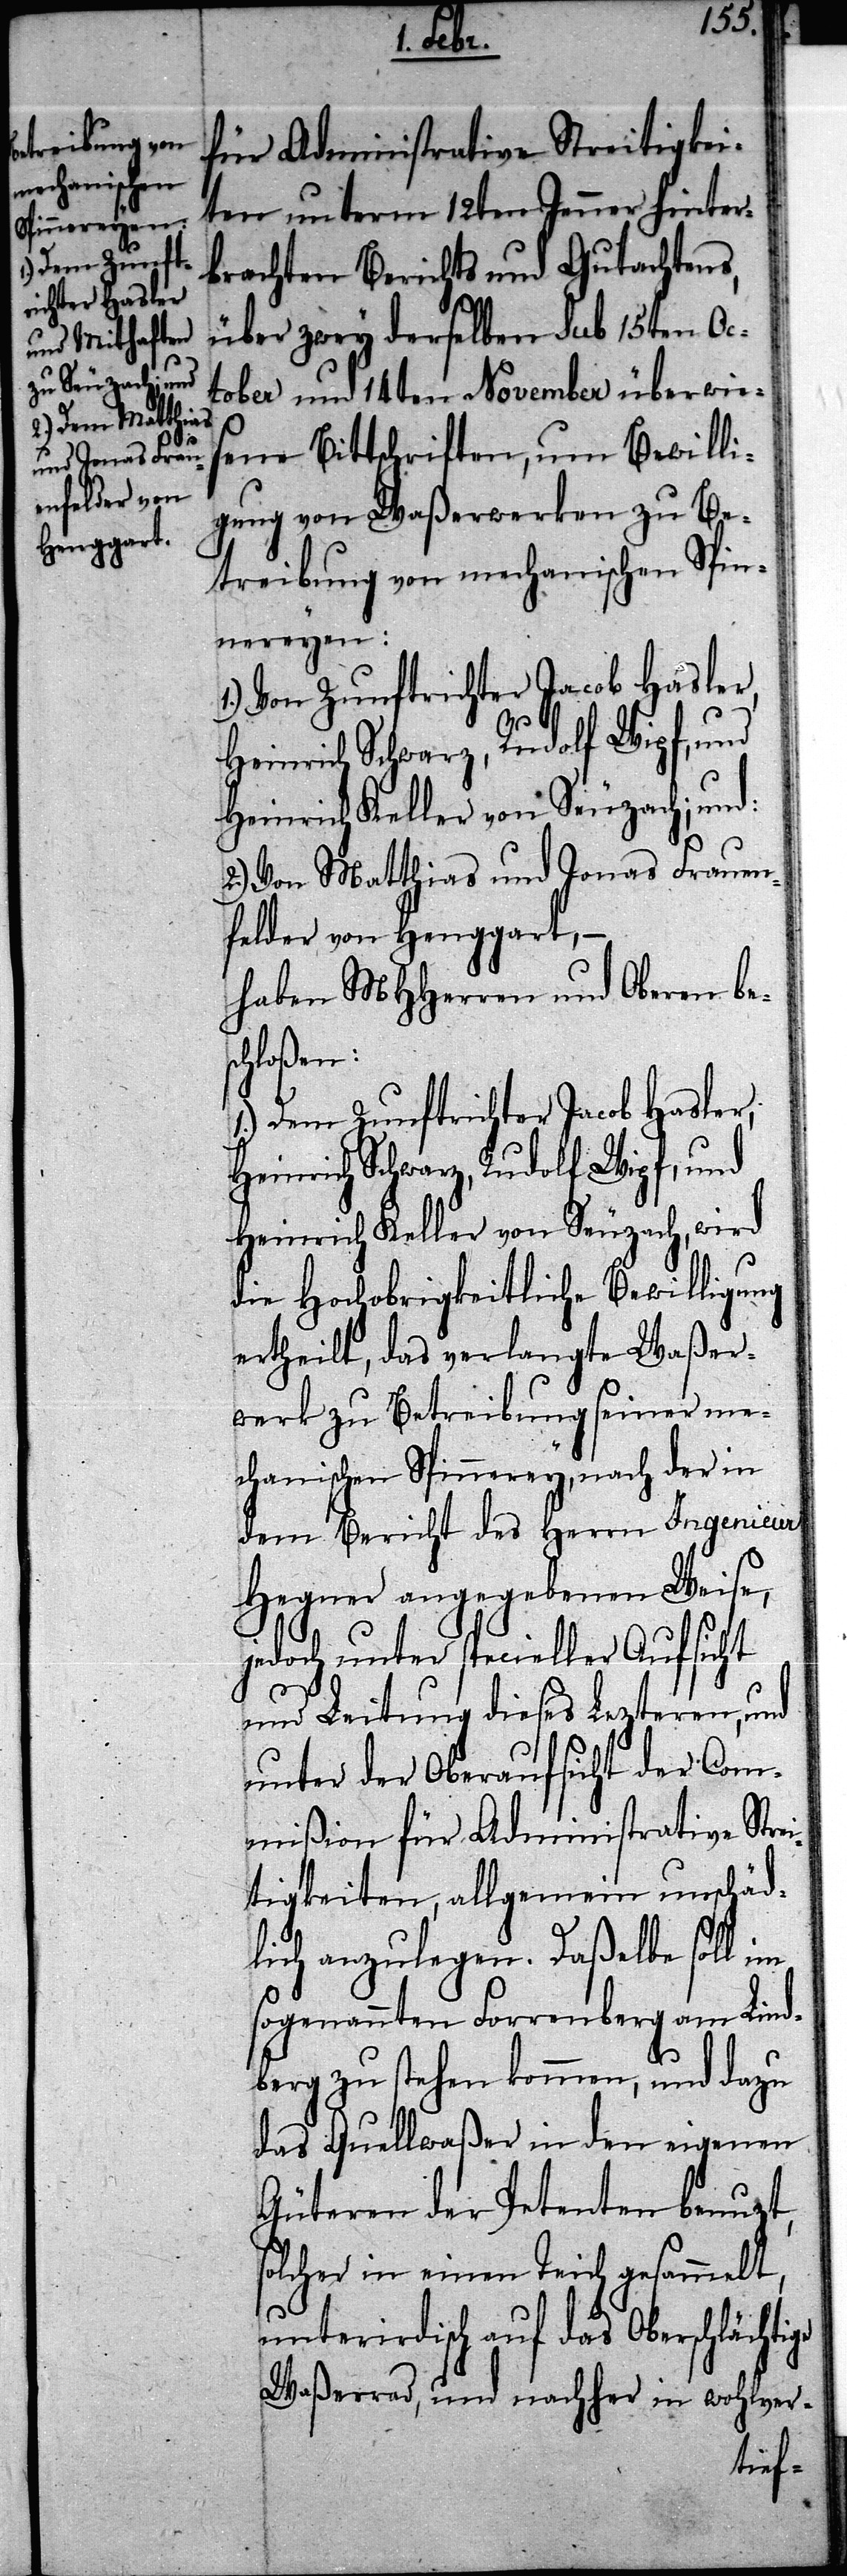
für Administrative Streitigkei¬
ten unterm 12ten Jenner hinter¬
brachten Berichts und Gutachtens,
über zwey derselben Sub 15ten Oc¬
tober und 14ten November überwie¬
sene Bittschriften, um Bewilli¬
gung von Waßerwerken zu Be¬
treibung von machanischen Spin¬
nereyen:
Heinrich Schwarz, Rudolf Wipf, und
Heinrich Keller von Seuzach; und:
2.) Von Matthias und Jonas Frauen¬
felder von Henggart, –
haben MHHerren und Oberen bes¬
chloßen:
1.) Dem Zunftrichter Jacob Hasler,
Heinrich Schwarz, Rudolf Wipf, und
Heinrich Keller von Seuzach, wird
die Hochobrigkeitliche Bewilligung
ertheilt, das verlangte Waßer¬
werk zu Betreibung seiner me¬
chanischen Spinnerey, nach der in
dem Bericht des Herrn Ingenieur
Hegner angegebenen Weise,
jedoch unter specieller Aufsicht
und Leitung dieses Lezteren, und
unter der Oberaufsicht der Com¬
mißion für Administrative Stre¬
itigkeiten, allgemein unschäd¬
lich anzulegen. Daßelbe soll im
sogenannten Forrenberg am Lind¬
berg zu stehen kommen, und dazu
das Quellwaßer in den eigenen
Güteren der Petenten benuzt,
solcher in einen Teich gesammelt,
unterirdisch auf das Oberschlächtige
Waßerrad, und nachher in wohlver-